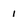
Character: 1